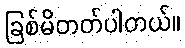
ခြစ်မိတတ်ပါတယ်။